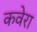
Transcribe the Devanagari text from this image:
कवेरा